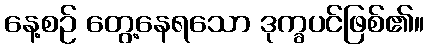
နေ့စဉ် တွေ့နေရသော ဒုက္ခပင်ဖြစ်၏။